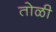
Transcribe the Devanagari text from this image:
तोळी